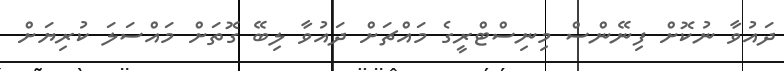
ދައުވާ ނުކޮށް ފިނޭންސް މިނިސްޓްރީގެ މައްޗަށް ދައުވާ ލިބޭ ގޮތަށް މައްސަލަ ކުރިޔަށް